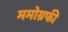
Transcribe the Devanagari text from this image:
ममोग्रफी